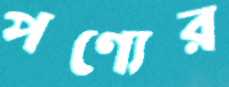
পণ্যের